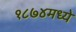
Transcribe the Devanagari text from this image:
१८७४मध्ये